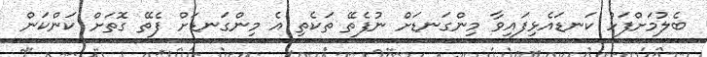
ބެލުމަށްފަހު ކަނޑައެޅިފައިވާ މިންގަނޑަށް ނުފެތޭ ތަކެތި އެ މިންގަނޑަށް ފެތޭ ގޮތަށް ކަންކަން